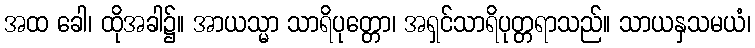
အထ ခေါ၊ ထိုအခါ၌။ အာယသ္မာ သာရိပုတ္တော၊ အရှင်သာရိပုတ္တရာသည်။ သာယနှသမယံ၊